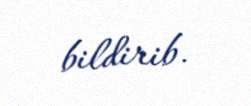
bildirib.